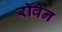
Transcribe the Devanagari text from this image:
रॉवेन